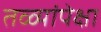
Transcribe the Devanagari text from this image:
तळ्यांपेक्षा